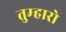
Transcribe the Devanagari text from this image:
तुम्‍हारो